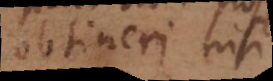
obtineri nisi